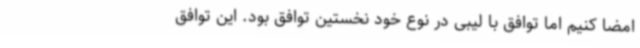
امضا کنیم اما توافق با لیبی در نوع خود نخستین توافق بود. این توافق